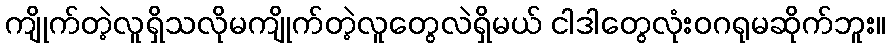
ကျိုက်တဲ့လူရှိသလိုမကျိုက်တဲ့လူတွေလဲရှိမယ် ငါဒါတွေလုံးဝဂရုမဆိုက်ဘူး။